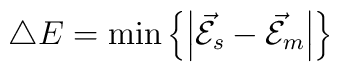
\triangle E=\min \left\{ \left| {\cal \vec E}_s-{\cal \vec E}_m\right| \right\}